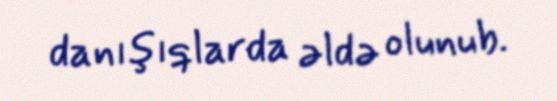
danışıqlarda əldə olunub.